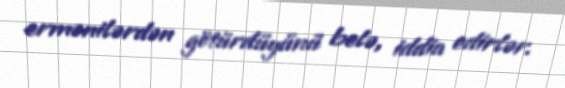
ermənilərdən götürdüyünü belə, iddia edirlər.